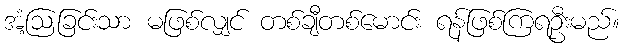
အံ့ဩခြင်းသာ မဖြစ်လျှင် တစ်ချီတစ်မောင်း ရန်ဖြစ်ကြရဦးမည်။